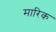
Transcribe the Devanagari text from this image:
मारिक